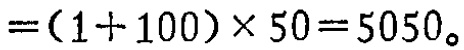
$=(1 + 100)\times 50 = 5050。$